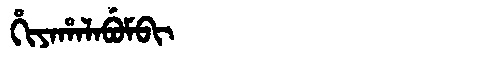
Manchu: ᡥᡳᠶᠠᡥᠠᠯᠠᠪᡠᠮᠪᡳ
Romanization: HIYAHALABUMBI